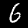
Label: 6